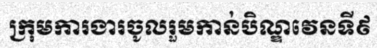
ក្រុមការងារចូលរួមកាន់បិណ្ឌវេនទី៩